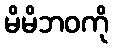
မိမိဘဝကို